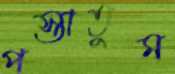
পস্তাতুম